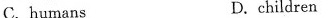
C.humans D.children